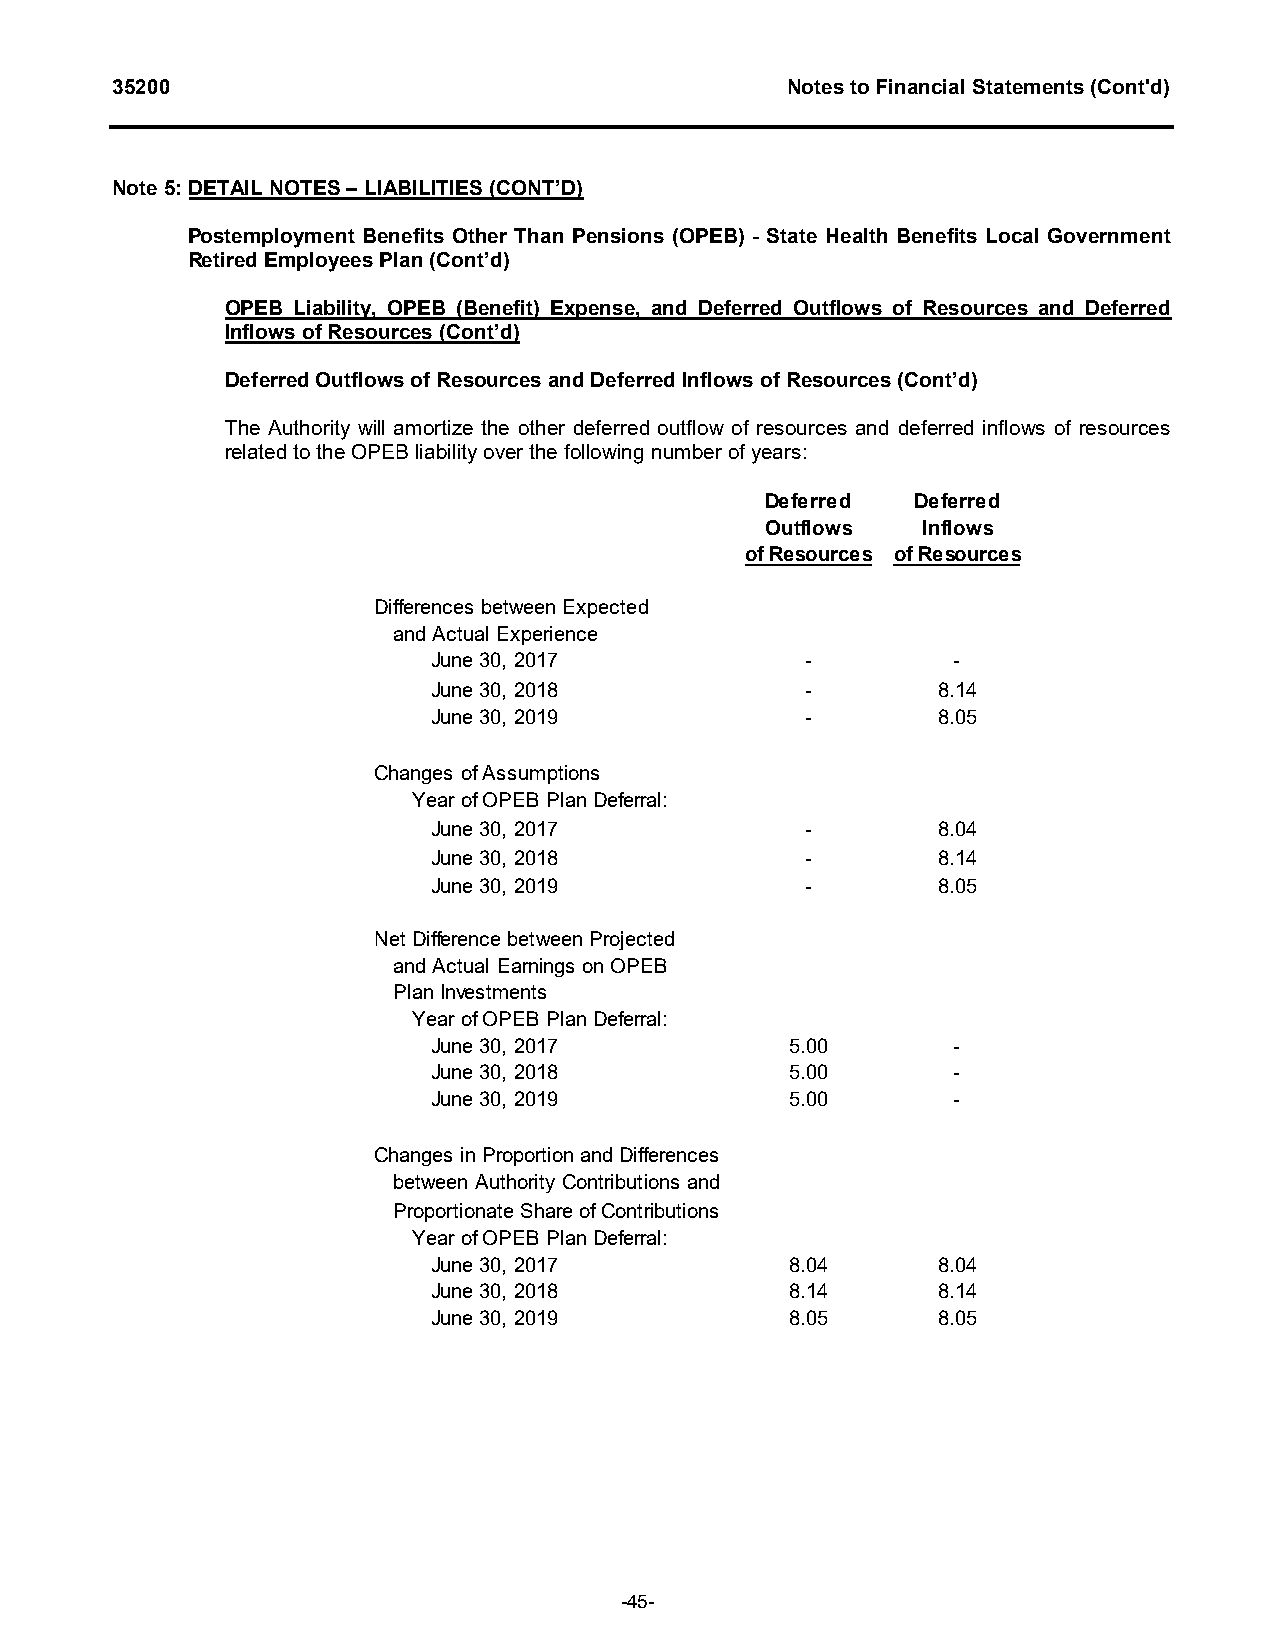
35200                                        Notes to Financial Statements (Cont'd)
 Note 5: DETAIL NOTES – LIABILITIES (CONT’D)
 Postemployment Benefits Other Than Pensions (OPEB) - State Health Benefits Local Government
 Retired Employees Plan (Cont’d)
 OPEB Liability, OPEB (Benefit) Expense, and Deferred Outflows of Resources and Deferred
 Inflows of Resources (Cont’d)
 Deferred Outflows of Resources and Deferred Inflows of Resources (Cont’d)
 The Authority will amortize the other deferred outflow of resources and deferred inflows of resources
 related to the OPEB liability over the following number of years:
 Deferred  Deferred
 Outflows  Inflows
 of Resources of Resources
 Differences between Expected
 and Actual Experience
 June 30, 2017           -         -
 June 30, 2018           -        8.14
 June 30, 2019           -        8.05
 Changes of Assumptions
 Year of OPEB Plan Deferral:
 June 30, 2017           -        8.04
 June 30, 2018           -        8.14
 June 30, 2019           -        8.05
 Net Difference between Projected
 and Actual Earnings on OPEB
 Plan Investments
 Year of OPEB Plan Deferral:
 June 30, 2017          5.00       -
 June 30, 2018          5.00       -
 June 30, 2019          5.00       -
 Changes in Proportion and Differences
 between Authority Contributions and
 Proportionate Share of Contributions
 Year of OPEB Plan Deferral:
 June 30, 2017          8.04      8.04
 June 30, 2018          8.14      8.14
 June 30, 2019          8.05      8.05
 -45-